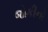
જોકીનો